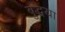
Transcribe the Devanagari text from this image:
बुद्धया